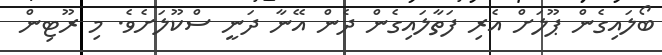
ބޯލައިގެން ޕޫލަށް އެރި ފަތާލައިގެން ދެން އޭނާ ދަނީ ސްކޫލަށެވެ. މި ރޫޓިން